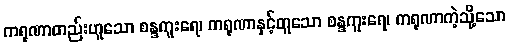
ကရုဏာတည်းဟူသော စန္ဒကူးရေ၊ ကရုဏာနှင့်တူသော စန္ဒကူးရေ၊ ကရုဏာကဲ့သို့သော